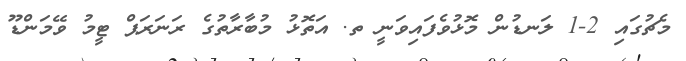
މެޗުގައި 2-1 ލަނޑުން މޮޅުވެފައިވަނީ ތ. އަތޮޅު މުބާރާތުގެ ރަނަރަޕް ޓީމު ވޭމަންޑޫ